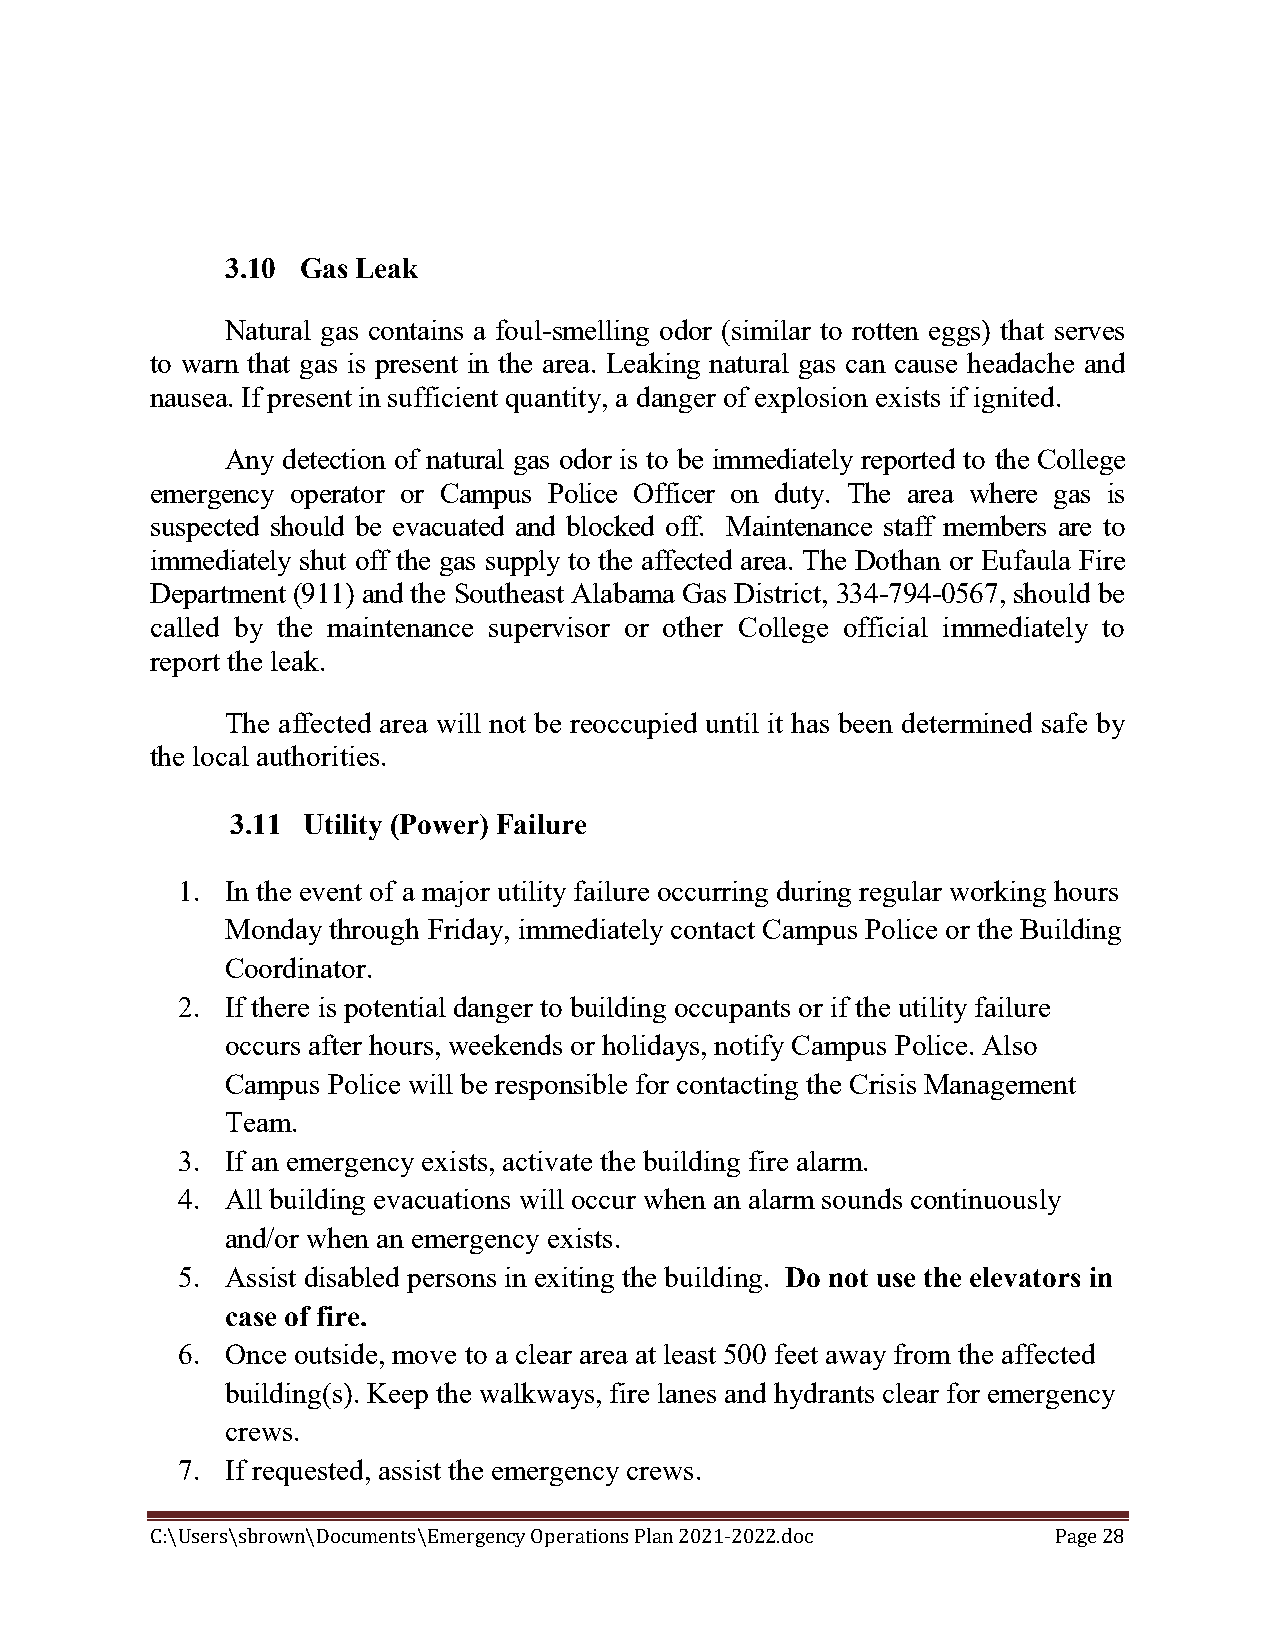
3.10 Gas Leak
 Natural gas contains a foul-smelling odor (similar to rotten eggs) that serves
 to warn that gas is present in the area. Leaking natural gas can cause headache and
 nausea. If present in sufficient quantity, a danger of explosion exists if ignited.
 Any detection of natural gas odor is to be immediately reported to the College
 emergency operator or Campus Police Officer on duty. The area where gas is
 suspected should be evacuated and blocked off. Maintenance staff members are to
 immediately shut off the gas supply to the affected area. The Dothan or Eufaula Fire
 Department (911) and the Southeast Alabama Gas District, 334-794-0567, should be
 called by the maintenance supervisor or other College official immediately to
 report the leak.
 The affected area will not be reoccupied until it has been determined safe by
 the local authorities.
 3.11 Utility (Power) Failure
 1. In the event of a major utility failure occurring during regular working hours
 Monday through Friday, immediately contact Campus Police or the Building
 Coordinator.
 2. If there is potential danger to building occupants or if the utility failure
 occurs after hours, weekends or holidays, notify Campus Police. Also
 Campus Police will be responsible for contacting the Crisis Management
 Team.
 3. If an emergency exists, activate the building fire alarm.
 4. All building evacuations will occur when an alarm sounds continuously
 and/or when an emergency exists.
 5. Assist disabled persons in exiting the building. Do not use the elevators in
 case of fire.
 6. Once outside, move to a clear area at least 500 feet away from the affected
 building(s). Keep the walkways, fire lanes and hydrants clear for emergency
 crews.
 7. If requested, assist the emergency crews.
 C:\Users\sbrown\Documents\Emergency Operations Plan 2021-2022.doc Page 28